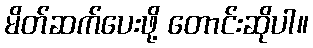
မိတ်ဆက်ပေးဖို့ တောင်းဆိုပါ။